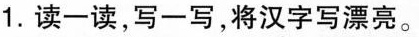
1.读一读，写一写，将汉字写漂亮。